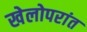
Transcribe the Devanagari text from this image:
खेलोपरांत